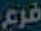
فرع